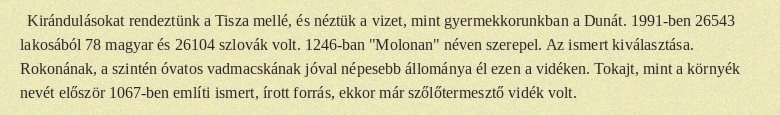
Kirándulásokat rendeztünk a Tisza mellé, és néztük a vizet, mint gyermekkorunkban a Dunát. 1991-ben 26543 lakosából 78 magyar és 26104 szlovák volt. 1246-ban "Molonan" néven szerepel. Az ismert kiválasztása. Rokonának, a szintén óvatos vadmacskának jóval népesebb állománya él ezen a vidéken. Tokajt, mint a környék nevét először 1067-ben említi ismert, írott forrás, ekkor már szőlőtermesztő vidék volt.